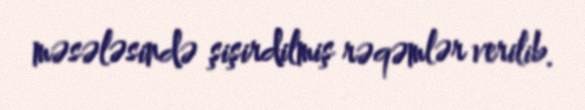
məsələsində şişirdilmiş rəqəmlər verilib.